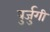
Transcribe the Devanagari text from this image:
बुर्जुगी